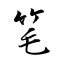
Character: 笔